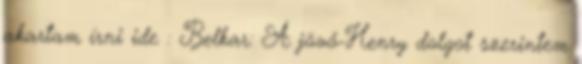
akartam írni ide : Belkar: A jövő-Henry dolgot szerintem